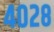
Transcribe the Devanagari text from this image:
४०२८